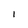
Character: l